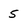
Character: 5